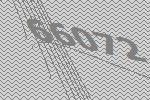
66072